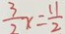
\frac { 3 } { 2 } x = \frac { 1 1 } { 2 }